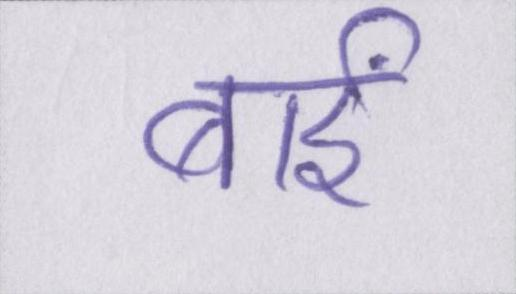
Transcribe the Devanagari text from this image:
बाईं